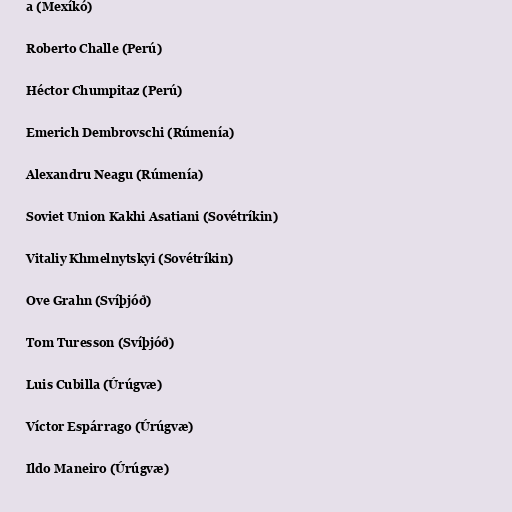
a (Mexíkó)

Roberto Challe (Perú)

Héctor Chumpitaz (Perú)

Emerich Dembrovschi (Rúmenía)

Alexandru Neagu (Rúmenía)

Soviet Union Kakhi Asatiani (Sovétríkin)

Vitaliy Khmelnytskyi (Sovétríkin)

Ove Grahn (Svíþjóð)

Tom Turesson (Svíþjóð)

Luis Cubilla (Úrúgvæ)

Víctor Espárrago (Úrúgvæ)

Ildo Maneiro (Úrúgvæ)